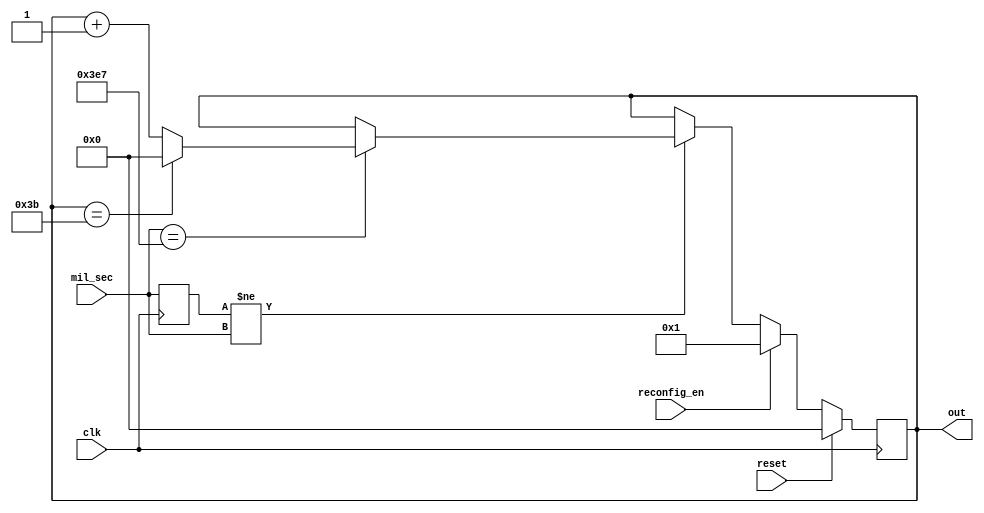
module sec_for_min(
			  input    wire            reconfig_en,
			  input    wire   [9:0]    mil_sec,
           input    wire            reset,
           input    wire            clk,
           output   reg    [5:0]    out
);

reg [9:0] prev_mil_sec = 0;

initial begin
  out <= 6'b0;
end

always @(posedge clk) begin
	prev_mil_sec <= mil_sec;	
end

always @(posedge clk) begin
  if (reset) begin
    out <= 6'b0;
  end else if (reconfig_en) begin
		out <= 6'b000001;
  end else begin
	if (prev_mil_sec != mil_sec) begin
		if (mil_sec == 999) begin
			if (out == 59) begin			
				out <= 6'b0;
			end else begin
				out <= out + 1;
			end
		end
	end
  end
end

endmodule